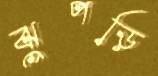
ঝুপড়ি